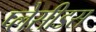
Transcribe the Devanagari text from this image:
प्लेसीडस